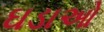
ઘડાઓ